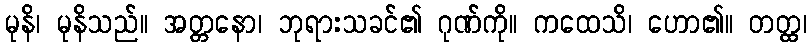
မုနိ၊ မုနိသည်။ အတ္တနော၊ ဘုရားသခင်၏ ဂုဏ်ကို။ ကထေသိ၊ ဟော၏။ တတ္ထ၊